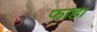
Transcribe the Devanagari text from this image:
फाहा